Annual administration report of the Civil Veterinary Department of India - 1896-1897
Year: 1896
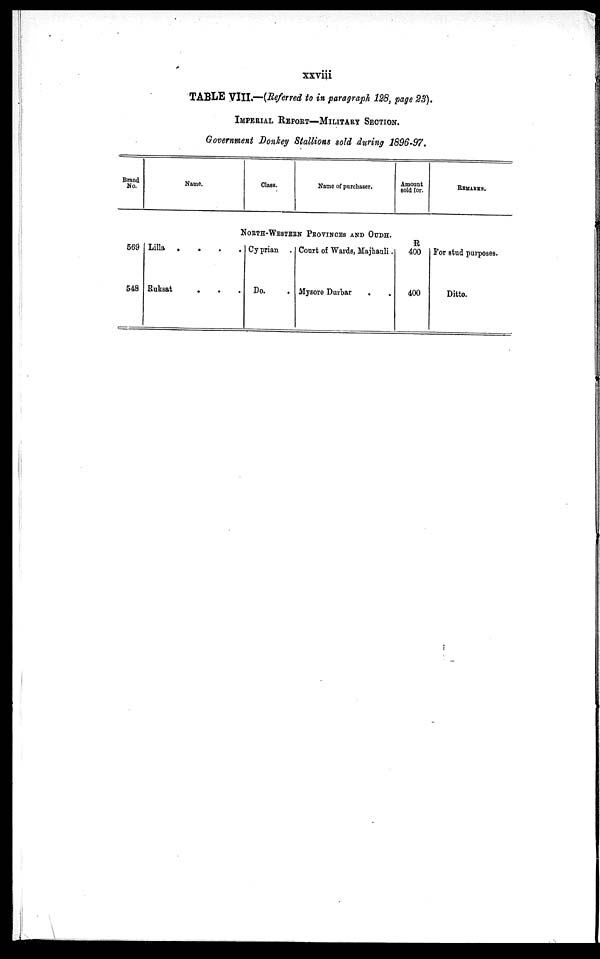
xxviii
TABLE VIII.—(Referred to in paragraph 128, page 23).
IMPERIAL REPORT—MILITARY SECTION.
Government Donkey Stallions sold during 1896-97.
Brand
No.
569
548
Name.
Class.
Name of purchaser.
NORTH-WESTERN PROVINCES AND OUDH.
Lilla
.
.
.
Ruksat . . .
Cy prian .
Do. .
Court of Wards, Majhauli.
Mysore Durbar
Amount
Bold for.
R
400
400
REMARKS.
For stud purposes.
Ditto.